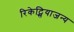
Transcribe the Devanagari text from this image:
रिकेट्सियाजन्य